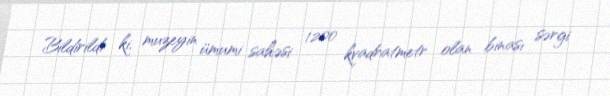
Bildirildi ki, muzeyin ümumi sahəsi 1200 kvadratmetr olan binası sərgi